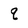
Character: q